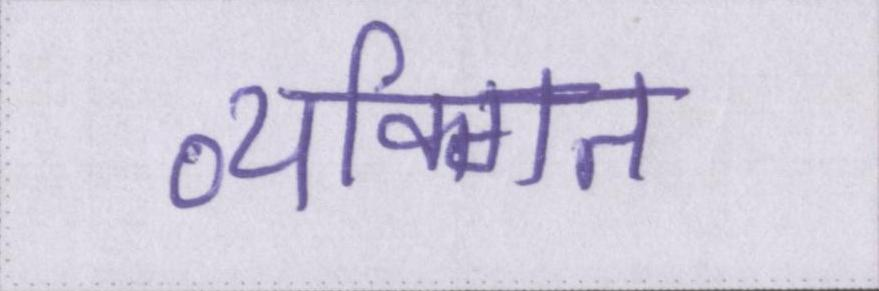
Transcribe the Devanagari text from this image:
व्यक्गित